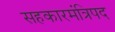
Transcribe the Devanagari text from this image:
सहकारमंत्रिपद